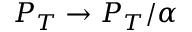
P _ { T } \to P _ { T } / \alpha